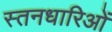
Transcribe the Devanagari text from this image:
स्तनधारिओं